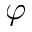
\varphi